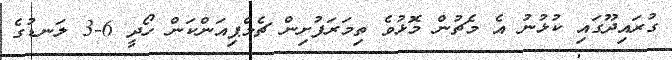
ގުރައިދޫގައި ކުޅުނު އެ މެޗުން މޮޅުވެ ތިމަރަފުށިން ޗެމްޕިއަންކަން ހޯދީ 6-3 ލަނޑުގެ